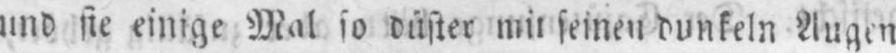
seinen dunkeln Augen